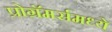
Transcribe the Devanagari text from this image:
प्रोग्रॅमर्समध्ये